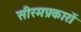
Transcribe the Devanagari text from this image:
सीरमप्रकारों